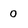
Character: 0